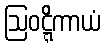
ဩဝဋ္ဋိကာယံ